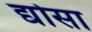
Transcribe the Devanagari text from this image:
द्योसा